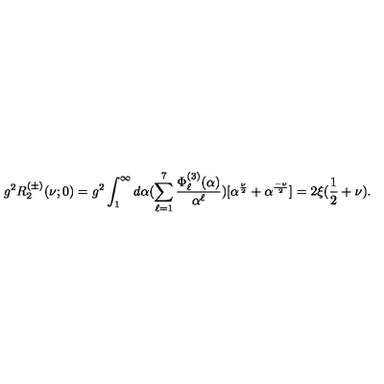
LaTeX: g ^ { 2 } R _ { 2 } ^ { ( \pm ) } ( \nu ; 0 ) = g ^ { 2 } \int _ { 1 } ^ { \infty } d \alpha ( \sum _ { \ell = 1 } ^ { 7 } \frac { \Phi _ { \ell } ^ { ( 3 ) } ( \alpha ) } { \alpha ^ { \ell } } ) [ \alpha ^ { \frac { \nu } { 2 } } + \alpha ^ { \frac { - \nu } { 2 } } ] = 2 \xi ( \frac { 1 } { 2 } + \nu ) .